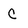
Character: C